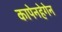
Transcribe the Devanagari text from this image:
कापेनहेगेन